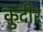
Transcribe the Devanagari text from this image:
कुदीर